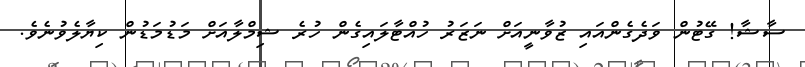
ސާޝާ! ގޭޓުން ވަދެގެންއައި ޒުވާނީއަށް ނަޒަރު ހުއްޓާލައިގެން ހުރެ ޝިމްލާއަށް މަޑުމަޑުން ކިޔާލެވުނެވެ.